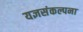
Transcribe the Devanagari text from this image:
यज्ञसंकल्पना